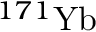
^ { 1 7 1 } \mathrm { Y b }